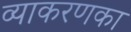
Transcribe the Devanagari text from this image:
व्याकरणका